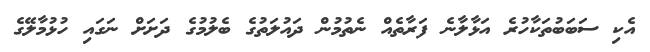
އެކި ސަބަބުތަކާހުރެ އަޅާލާނެ ފަރާތެއް ނެތުމުން ދައުލަތުގެ ބެލުމުގެ ދަށަށް ނަގައި ހުޅުމާލޭގެ